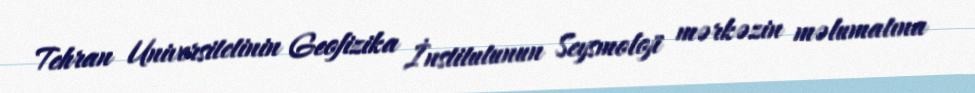
Tehran Universitetinin Geofizika İnstitutunun Seysmoloji mərkəzin məlumatına